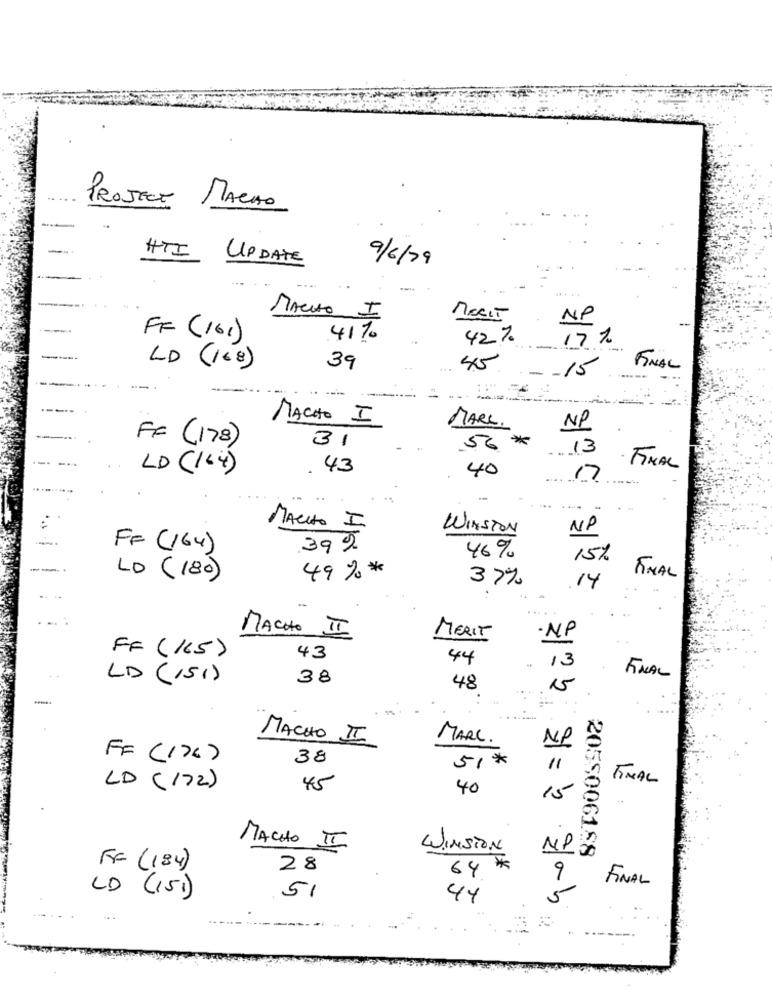
PROJECT MACHO
HTI UPDATE
9/6/29
-
MACHO I
NP
FF (161)
41%
42%
17%
--------
LD (168)
39
-15
FINAL
MACHO I
MARC.
NO
FF (178)
31
*
56
13
LD (164)
. 43
40
· FINAL
17
MACHO
I
WINSTON
NP
FF (164)
39 %
46%
15%
49% *
LO ( 180)
37%
14
FINAL
MACHO II
MERIT
· NP
FF (165)
43
44
13
LD (151)
38
FINAL
48
15
-
MACHO II
MARC.
Nº
FF (176)
38
51*
11
FINAL
LD ( 172)
45
40
15
MACHO III
WINSTON
NP
2055006188
FF (184)
28
64 #
9
FINAL
LD (151)
51
44